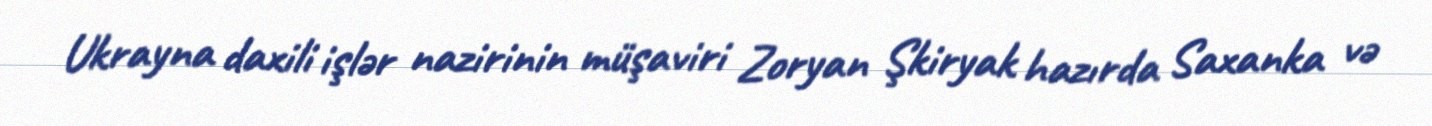
Ukrayna daxili işlər nazirinin müşaviri Zoryan Şkiryak hazırda Saxanka və